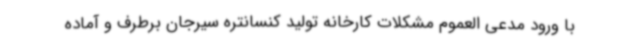
با ورود مدعی العموم مشکلات کارخانه تولید کنسانتره سیرجان برطرف و آماده